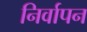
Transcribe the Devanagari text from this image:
निर्वापन